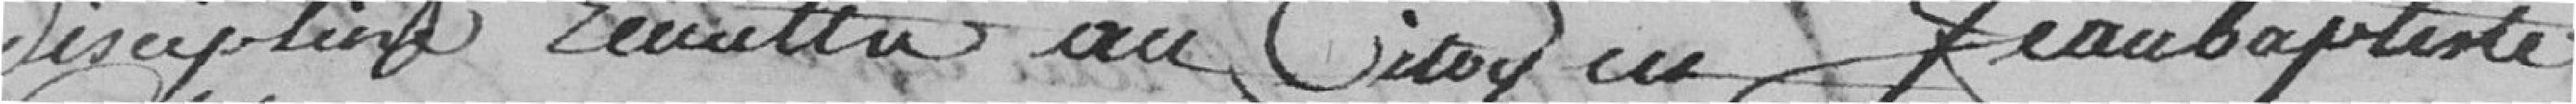
discipline, remettre au citoyen Jean Baptiste